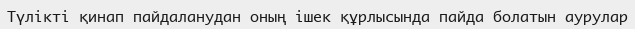
Түлікті қинап пайдаланудан оның ішек құрлысында пайда болатын аурулар